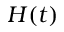
H ( t )